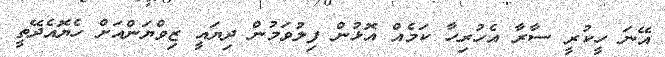
އޭނަ ހީކުރީ ސާރާ އެހުރިހާ ކަމެއް އޮޅުން ފިލުވަމުން ދިޔައީ ޒިވްޔަންއަށް ހެޔޮއެދޭތީ